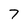
Character: 7